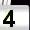
Digit: 4